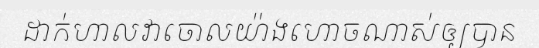
ដាក់ហាលវាចោលយ៉ាងហោចណាស់ឲ្យបាន